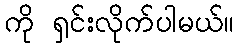
ကို ရှင်းလိုက်ပါမယ်။